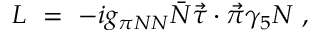
{ \cal L } \ = \ - i g _ { \pi N N } { \bar { N } } { \vec { \tau } } \cdot { \vec { \pi } } \gamma _ { 5 } N \ ,